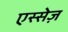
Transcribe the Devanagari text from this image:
एस्सेज़